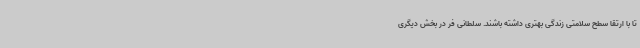
تا با ارتقا سطح سلامتی زندگی بهتری داشته باشند. سلطانی فر در بخش دیگری